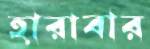
হারাবার